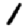
Digit: 1